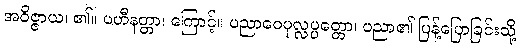
အဝိဇ္ဇာယ၊ ၏။ ပဟီနတ္တာ၊ ကြောင့်။ ပညာဝေပုလ္လပ္ပတ္တော၊ ပညာ၏ ပြန့်ပြောခြင်းသို့